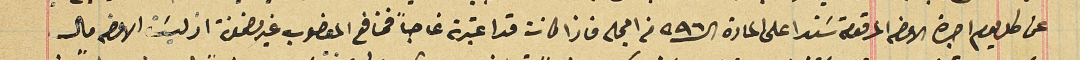
عن كل يوم اجرة الاوضه المرقومة سَندا على المادة الـ٥٩٦ من المجله فاذا كانت قد اعتبرته غاصباً فمنافع المغصوب غير مضمونة اذ ليسَت الاوضه مال